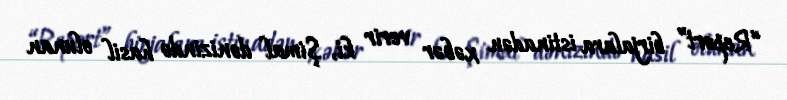
“Report” birjalara istinadən xəbər verir ki, Şimal dənizində hasil olunan